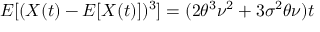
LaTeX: E [ ( X ( t ) - E [ X ( t ) ] ) ^ { 3 } ] = ( 2 \theta ^ { 3 } \nu ^ { 2 } + 3 \sigma ^ { 2 } \theta \nu ) t